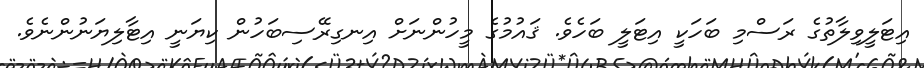
އިޓަލީވިލާތުގެ ރަސްމި ބަހަކީ އިޓަލީ ބަހެވެ. ޤައުމުގެ މީހުންނަށް އިނގިރޭސިބަހުން ކިޔަނީ އިޓާލިޔަނުންނެވެ.